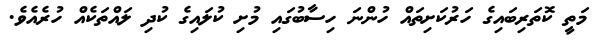
މަތީ ކޮތަރިބައިގެ ހަރުކަށިތައް ހުންނަ ހިސާބުގައި މުށި ކުލައިގެ ކުދި ލައްތަކެއް ހުރެއެވެ.